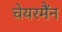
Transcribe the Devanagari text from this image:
चेयरमैंन